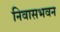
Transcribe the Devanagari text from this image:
निवासभवन